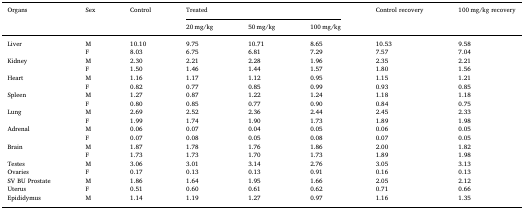
<table><thead><tr><td rowspan="2"><b>Organs</b></td><td rowspan="2"><b>Sex</b></td><td rowspan="2"><b>Control</b></td><td colspan="3"><b>Treated</b></td><td rowspan="2"><b>Control recovery</b></td><td rowspan="2"><b>100 mg/kg recovery</b></td></tr><tr><td><b>20 mg/kg</b></td><td><b>50 mg/kg</b></td><td><b>100 mg/kg</b></td></tr></thead><tbody><tr><td rowspan="2">Liver</td><td>M</td><td>10.10</td><td>9.75</td><td>10.71</td><td>8.65</td><td>10.53</td><td>9.58</td></tr><tr><td>F</td><td>8.03</td><td>6.75</td><td>6.81</td><td>7.29</td><td>7.57</td><td>7.04</td></tr><tr><td rowspan="2">Kidney</td><td>M</td><td>2.30</td><td>2.21</td><td>2.28</td><td>1.96</td><td>2.35</td><td>2.21</td></tr><tr><td>F</td><td>1.50</td><td>1.46</td><td>1.44</td><td>1.57</td><td>1.80</td><td>1.56</td></tr><tr><td rowspan="2">Heart</td><td>M</td><td>1.16</td><td>1.17</td><td>1.12</td><td>0.95</td><td>1.15</td><td>1.21</td></tr><tr><td>F</td><td>0.82</td><td>0.77</td><td>0.85</td><td>0.99</td><td>0.93</td><td>0.85</td></tr><tr><td rowspan="2">Spleen</td><td>M</td><td>1.27</td><td>0.87</td><td>1.22</td><td>1.24</td><td>1.18</td><td>1.18</td></tr><tr><td>F</td><td>0.80</td><td>0.85</td><td>0.77</td><td>0.90</td><td>0.84</td><td>0.75</td></tr><tr><td rowspan="2">Lung</td><td>M</td><td>2.69</td><td>2.52</td><td>2.36</td><td>2.44</td><td>2.45</td><td>2.33</td></tr><tr><td>F</td><td>1.99</td><td>1.74</td><td>1.90</td><td>1.73</td><td>1.89</td><td>1.98</td></tr><tr><td rowspan="2">Adrenal</td><td>M</td><td>0.06</td><td>0.07</td><td>0.04</td><td>0.05</td><td>0.06</td><td>0.05</td></tr><tr><td>F</td><td>0.07</td><td>0.08</td><td>0.05</td><td>0.08</td><td>0.07</td><td>0.05</td></tr><tr><td rowspan="2">Brain</td><td>M</td><td>1.87</td><td>1.78</td><td>1.76</td><td>1.86</td><td>2.00</td><td>1.82</td></tr><tr><td>F</td><td>1.73</td><td>1.73</td><td>1.70</td><td>1.73</td><td>1.89</td><td>1.98</td></tr><tr><td>Testes</td><td>M</td><td>3.06</td><td>3.01</td><td>3.14</td><td>2.76</td><td>3.05</td><td>3.13</td></tr><tr><td>Ovaries</td><td>F</td><td>0.17</td><td>0.13</td><td>0.13</td><td>0.91</td><td>0.16</td><td>0.13</td></tr><tr><td>SV BU Prostate</td><td>M</td><td>1.86</td><td>1.64</td><td>1.95</td><td>1.66</td><td>2.05</td><td>2.12</td></tr><tr><td>Uterus</td><td>F</td><td>0.51</td><td>0.60</td><td>0.61</td><td>0.62</td><td>0.71</td><td>0.66</td></tr><tr><td>Epididymus</td><td>M</td><td>1.14</td><td>1.19</td><td>1.27</td><td>0.97</td><td>1.16</td><td>1.35</td></tr></tbody></table>